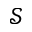
\mathcal { S }